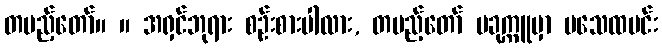
တပည့်တော်။ ။ အရှင်ဘုရား စဉ်းစားပါလား, တပည့်တော် ပခုက္ကူမှာ မသေထမင်း